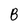
Character: B